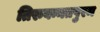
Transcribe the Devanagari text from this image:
तिरुवन्नतपुरम